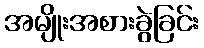
အမျိုးအစားခွဲခြင်း